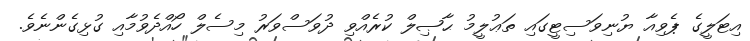
އިޓަލީގެ ޕެވިއާ ޔުނިވަސިޓީގައި ތަޢުލީމު ޙާޞިލް ކުރެއްވި ދުވަސްވަރު މިސެލް ހޯއްދެވުމާއި ގުޅިގެންނެވެ.